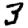
Digit: 3